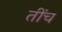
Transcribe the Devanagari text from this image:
तींच